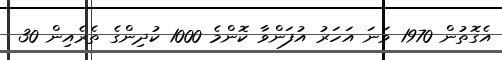
އެގޮތުން 1970 ވަނަ އަހަރު އުފަންވާ ކޮންމެ 1000 ކުދިންގެ ތެރެއިން 30